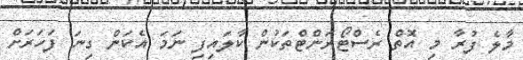
މާލެ ފުރާ މި އޮތް ރެސްޓޯރަންޓްތަކުން ކާލައިފި ނަމަ އެކަން ގިނަ ފަހަރަށް